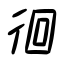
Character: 徊